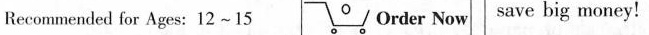
Recommended for Ages: 12 ~15 Order Now save big money!